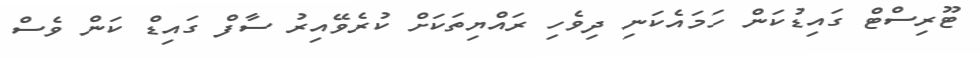
ޓޫރިސްޓް ގައިޑުކަން ހަމައެކަނި ދިވެހި ރައްޔިތަކަށް ކުރެވޭއިރު ސާފް ގައިޑް ކަން ވެސް